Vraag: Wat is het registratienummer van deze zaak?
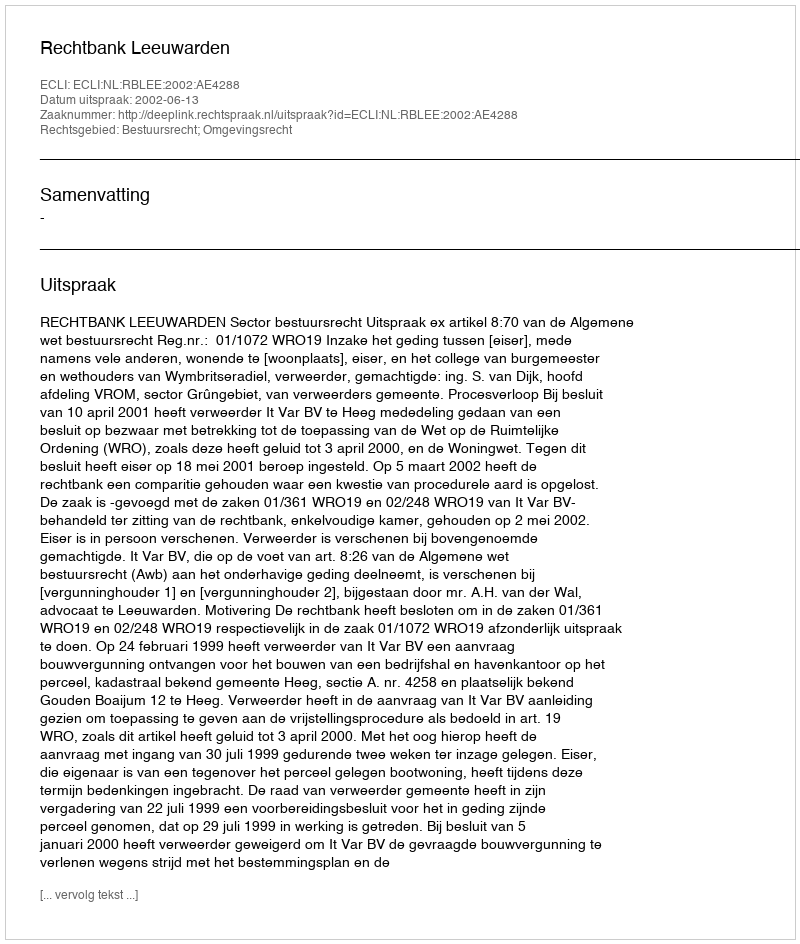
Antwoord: http://deeplink.rechtspraak.nl/uitspraak?id=ECLI:NL:RBLEE:2002:AE4288